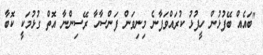
"ބައެއް ބޭފުޅުން ހީފުޅު ކުރައްވަފާނެ މިނިވަން ފަންސާހާ ރޭސިންނާ އޮތް ގުޅުމަކީ ކޮބާ